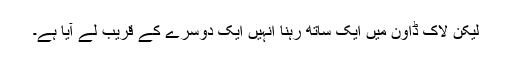
لیکن لاک ڈاون میں ایک ساتھ رہنا انہیں ایک دوسرے کے قریب لے آیا ہے۔